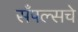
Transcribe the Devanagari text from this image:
सँपल्सचे